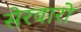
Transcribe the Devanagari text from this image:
सेरवारो